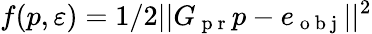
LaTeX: f(p,\varepsilon)=1/2||G_{\mathrm{~p~r~}}p-e_{\mathrm{~o~b~j~}}||^{2}